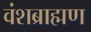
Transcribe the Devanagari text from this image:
वंशब्राह्मण